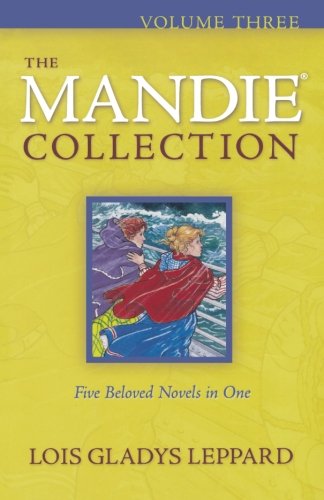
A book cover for Mandie Collection, The(Volume 3); Lois Gladys Leppard; Teen & Young Adult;